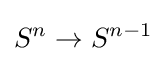
S^{n}\to S^{n-1}